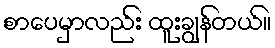
စာပေမှာလည်း ထူးချွန်တယ်။